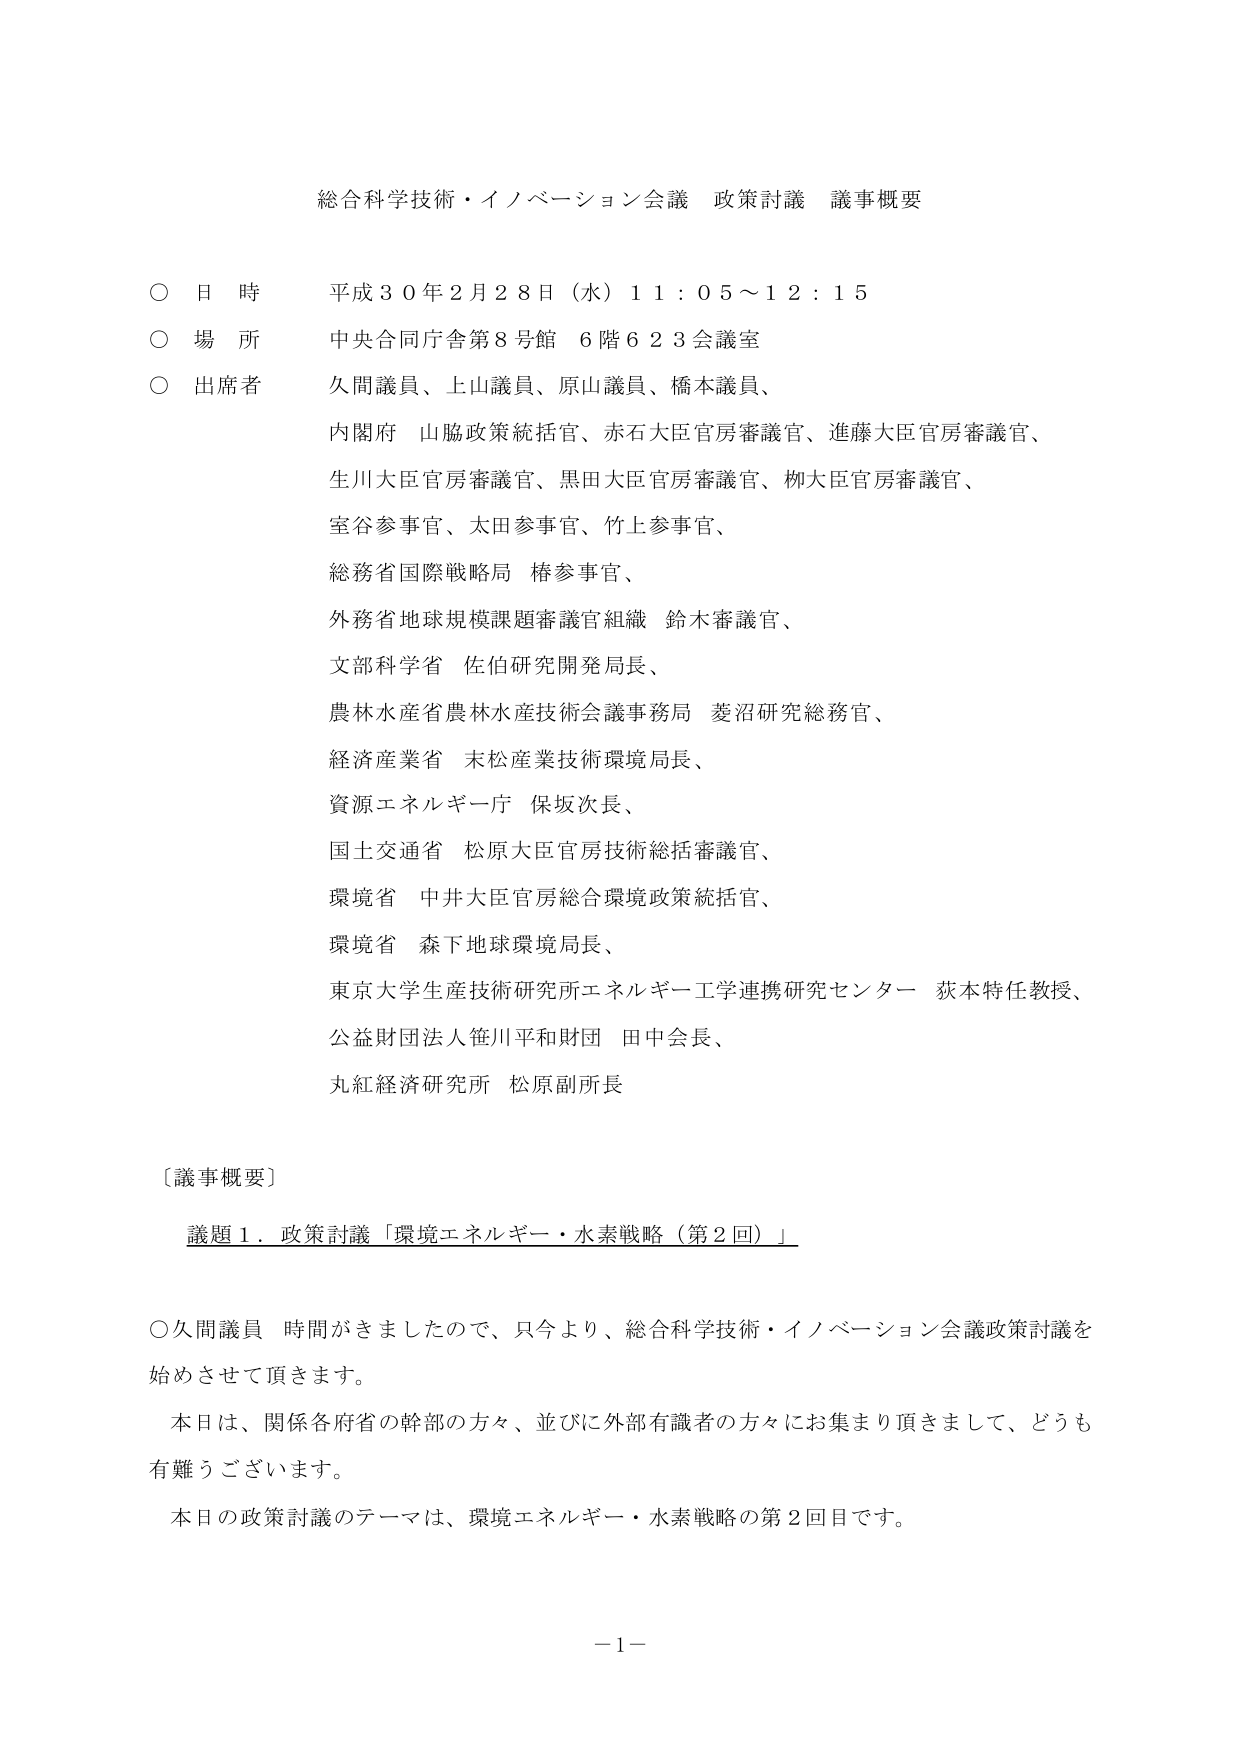
総合科学技術・イノベーション会議 政策討議 議事概要

○ 日 時 平成３０年２月２８日（水）１１：０５～１２：１５
○ 場 所 中央合同庁舎第８号館 ６階６２３会議室
○ 出席者 久間議員、上山議員、原山議員、橋本議員、
　　　　　内閣府 山脇政策統括官、赤石大臣官房審議官、進藤大臣官房審議官、
　　　　　生川大臣官房審議官、黒田大臣官房審議官、栁大臣官房審議官、
　　　　　室谷参事官、太田参事官、竹上参事官、
　　　　　総務省国際戦略局 椿参事官、
　　　　　外務省地球規模課題審議官組織 鈴木審議官、
　　　　　文部科学省 佐伯研究開発局長、
　　　　　農林水産省農林水産技術会議事務局 菱沼研究総務官、
　　　　　経済産業省 末松産業技術環境局長、
　　　　　資源エネルギー庁 保坂次長、
　　　　　国土交通省 松原大臣官房技術総括審議官、
　　　　　環境省 中井大臣官房総合環境政策統括官、
　　　　　環境省 森下地球環境局長、
　　　　　東京大学生産技術研究所エネルギー工学連携研究センター 荻本特任教授、
　　　　　公益財団法人笹川平和財団 田中会長、
　　　　　丸紅経済研究所 松原副所長

〔議事概要〕
　議題１．政策討議「環境エネルギー・水素戦略（第２回）」

○久間議員 時間がきましたので、只今より、総合科学技術・イノベーション会議政策討議を
始めさせて頂きます。
　本日は、関係各府省の幹部の方々、並びに外部有識者の方々にお集まり頂きまして、どうも
有難うございます。
　本日の政策討議のテーマは、環境エネルギー・水素戦略の第２回目です。

－１－